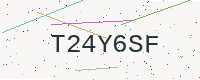
Text: T24Y6SF